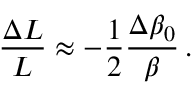
\frac { \Delta L } { L } \approx - \frac { 1 } { 2 } \frac { \Delta \beta _ { 0 } } { \beta } \, .